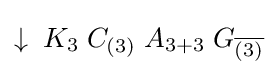
\downarrow \;K_{3}\;C_{(3)}\;A_{3+3}\;G_{\overline {(3)}}